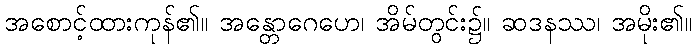
အစောင့်ထားကုန်၏။ အန္တောဂေဟေ၊ အိမ်တွင်း၌။ ဆဒနဿ၊ အမိုး၏။